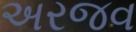
અરજવ